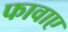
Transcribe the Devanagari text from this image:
फावाए